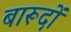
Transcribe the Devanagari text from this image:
बारूदों